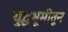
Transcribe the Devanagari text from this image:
युद्धभूमीतून